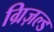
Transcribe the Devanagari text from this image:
ग्रिज़ल्ड